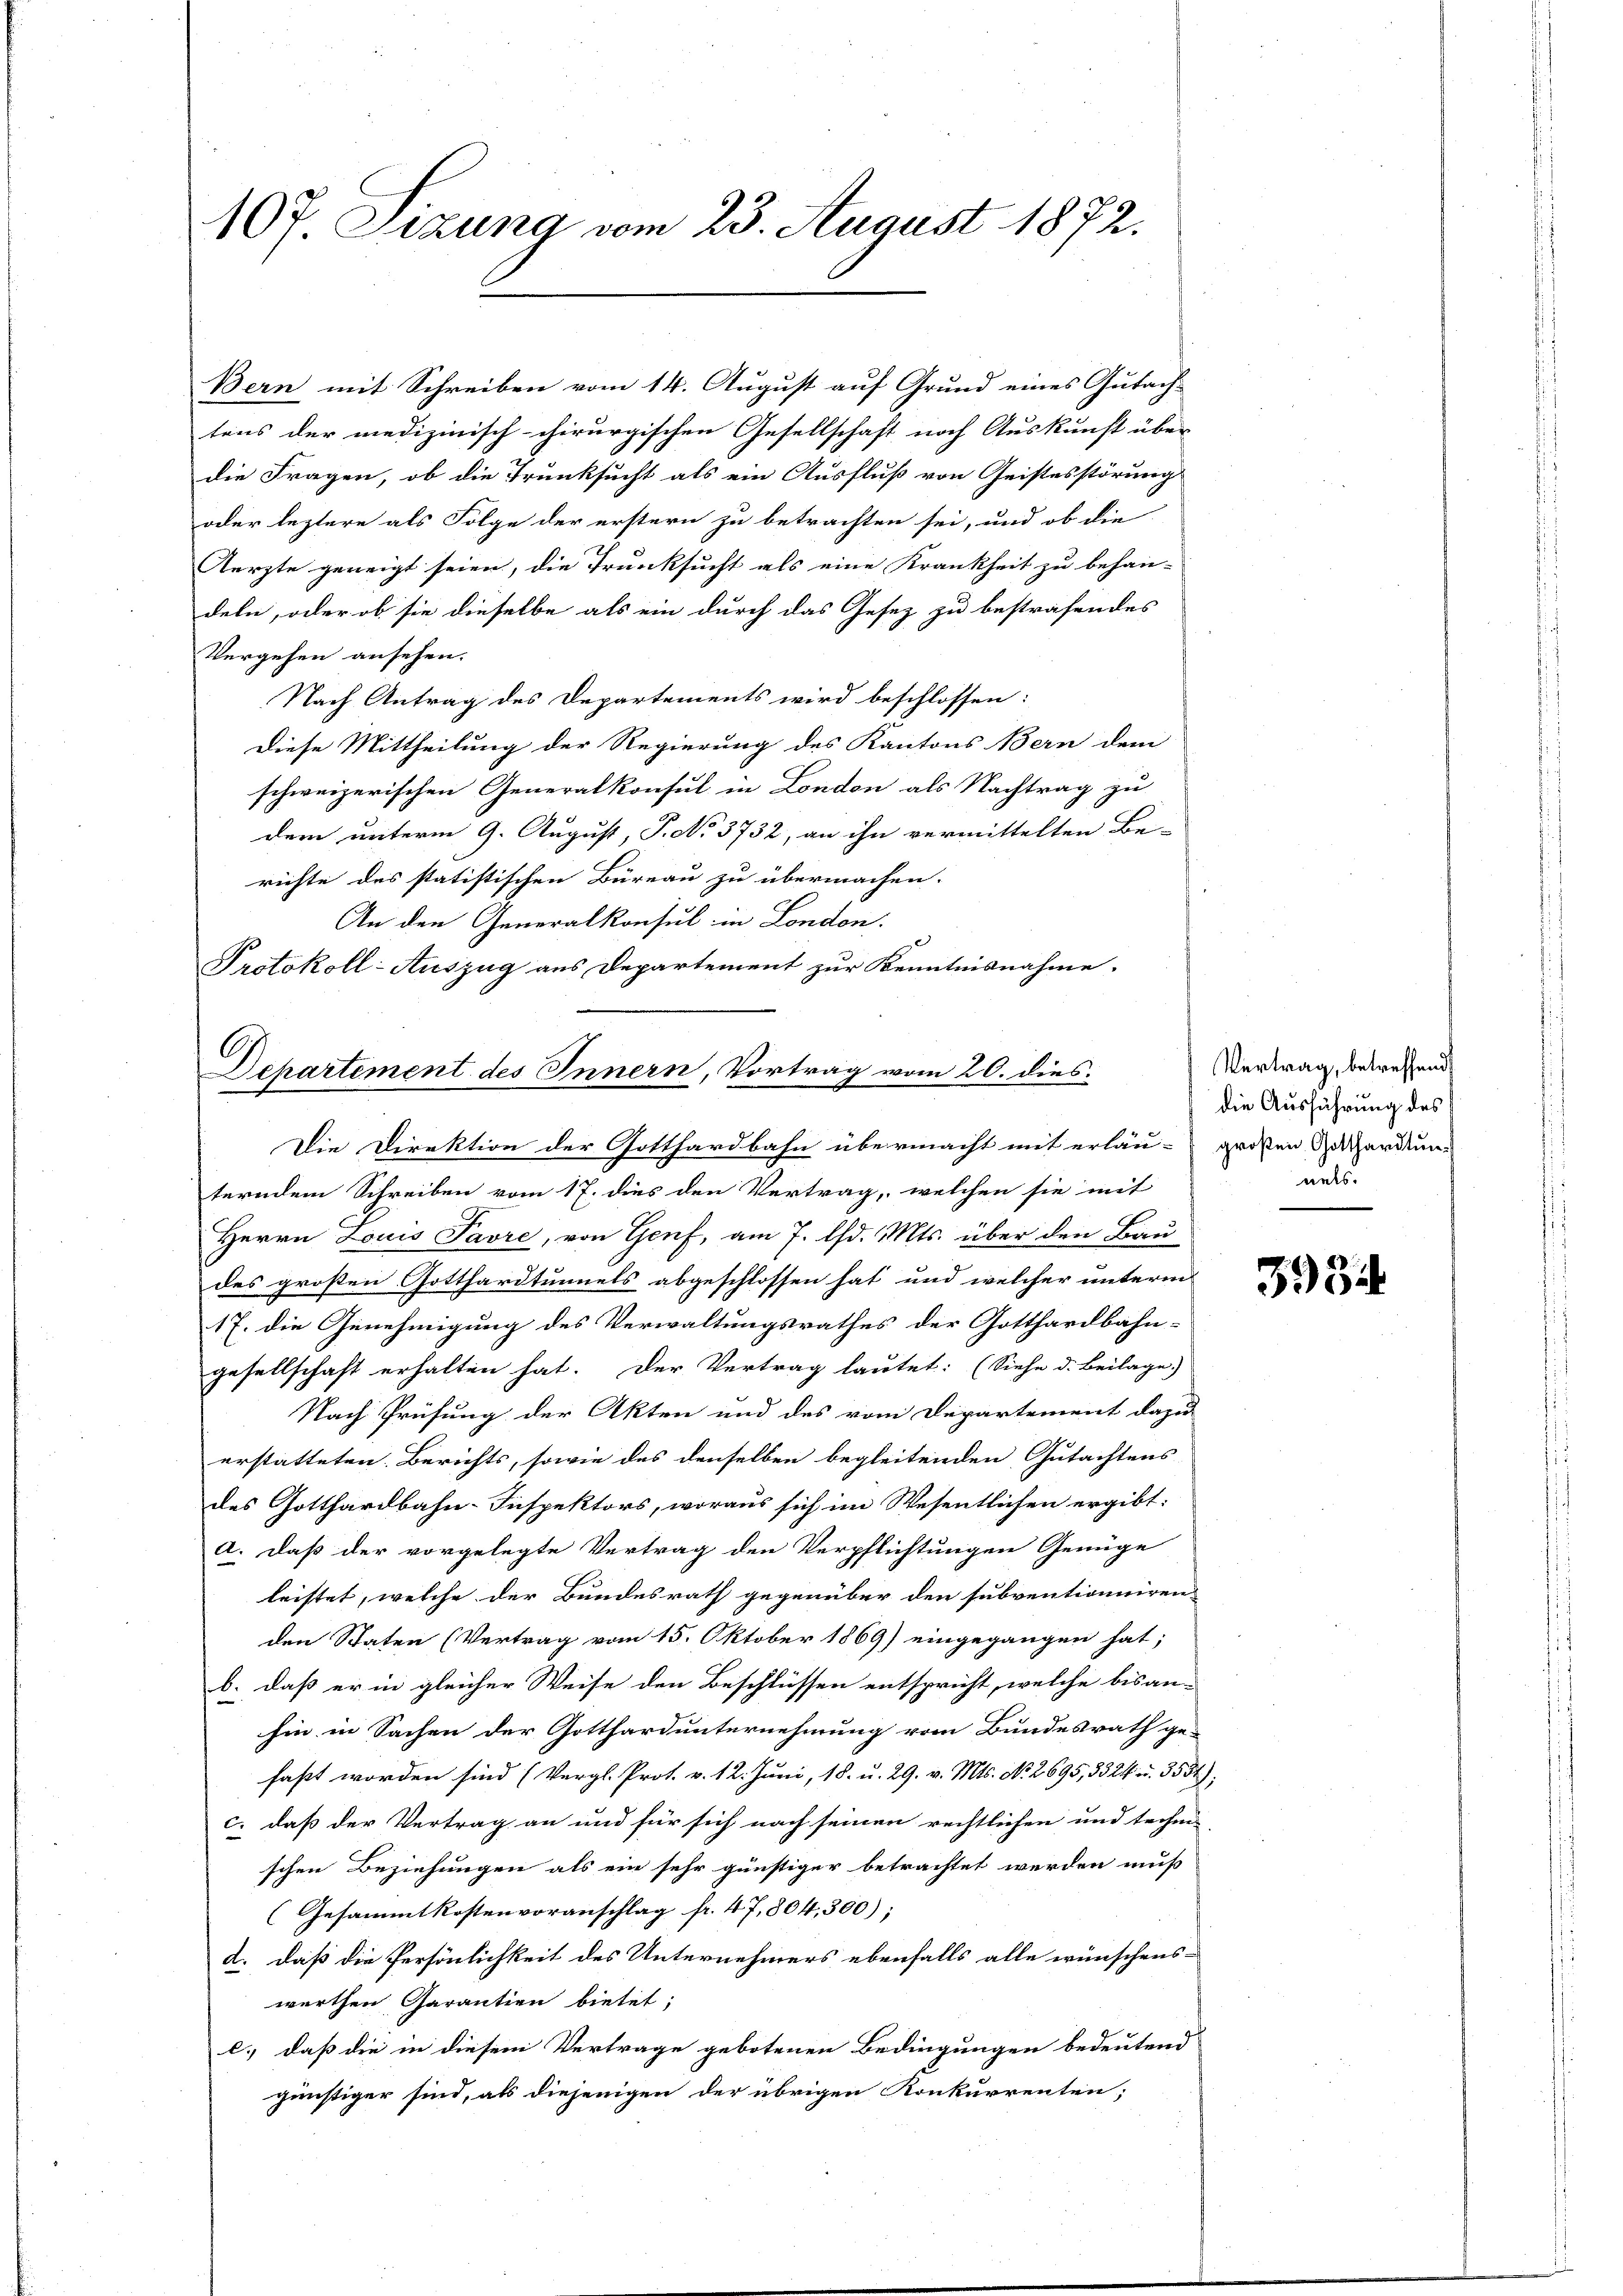
107. Sizung vom 23. August 1872.

Bern mit Schreiben vom 14. August auf Grund eines Gutach-
tens der medizinisch-chirurgischen Gesellschaft noch Auskunft über
die Fragen, ob die Trunksucht als ein Ausfluß von Geistesstörung
oder leztere als Folge der erstern zu betrachten sei, und ob die
Aerzte geneigt seien, die Trunksucht als eine Krankheit zu behan-
deln, oder ob sie dieselbe als ein durch das Gesez zu bestrafendes
Vergehen ansehen.
Nach Antrag des Departements wird beschlossen:
Diese Mittheilung der Regierung des Kantons Bern dem
schweizerischen Generalkonsul in London als Nachtrag zu
dem unterm 9. August, P. No. 3732, an ihn vermittelten Be-
richte des statistischen Büreau zu übermachen.
An den Generalkonsul in London.
Protokoll-Auszug aus Departement zur Kenntnisnahme.
A

Departement des Innern, Vortrag vom 20. dies

Die Direktion der Gotthardbahn übermacht mit erläu- großen Gesterdung
terndem Schreiben vom 17. dies den Vertrag, welchen sie mit
Herrn Louis Favre, von Genf, am 7. d. Mts. über den Bau
des großen Gotthardtunnels abgeschlossen hat und welcher unterm
17. die Genehmigung des Verwaltungsrathes der Gotthardbahn-
gesellschaft erhalten hat. Der Vertrag lautet: (Siehe d. Beilage
Nach Prüfung der Akten und des vom Departement dazu
erstatteten. Berichts, sowie des denselben begleitenden Gutachtens
des Gotthardbahn-Inspektors, woraus sich im Wesentlichen ergibt:
a. daß der vorgelegte Vertrag den Verpflichtungen Genüge
leistet, welche der Bundesrath gegenüber den subventionniren
den Staten (Vertrag vom 15. Oktober 1869] eingegangen hat;
b. daß er in gleicher Weise den Beschlüssen entspricht, welche bisan-
hin in Sachen der Gotthardunternehmung vom Bundesrath ge-
faßt worden sind (Vergl. Prot. v. 12. Juni, 18. u. 29. v. Mts. No. 2695, 3324 u. 3534);
c. daß der Vertrag an und für sich nach seinen rechtlichen und techni-
schen Beziehungen als ein sehr günstiger betrachtet werden muß
(Gesammtkostenvoranschlag fr. 47,804,300);
d. daß die Persönlichkeit des Unternehmers ebenfalls alle wünschens-
werthen Garantien bietet;
c. daß die in diesem Vertrage gebotenen Bedingungen bedeutend
günstiger sind, als diejenigen der übrigen Konkurrenten;

Vertrag, betreffend
die Ausführung des
nets

334